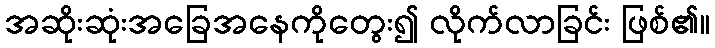
အဆိုးဆုံးအခြေအနေကိုတွေး၍ လိုက်လာခြင်း ဖြစ်၏။